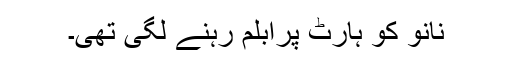
نانو کو ہارٹ پرابلم رہنے لگی تھی۔